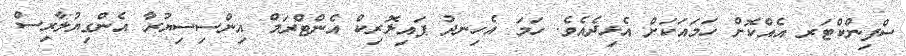
ސްފިންކްޓަރ އެއްކޮށް ހަމައަކަށް އެޅިދެއެވެ. ހަމަ އެހިނދު ޕައިލޮރިކް އެންޓްރަމް އިންސިސިޔުރާ އެންގިޔުލާރިސް